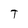
Character: T